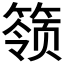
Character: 𬕬